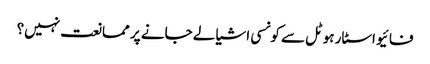
فائیو اسٹار ہوٹل سے کونسی اشیا لے جانے پر ممانعت نہیں؟